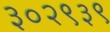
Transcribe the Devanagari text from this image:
३०२९३९